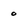
Character: 0